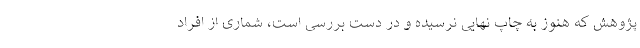
پژوهش که هنوز به چاپ نهایی نرسیده و در دست بررسی است، شماری از افراد